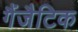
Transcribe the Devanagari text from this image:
गैंजैटिक